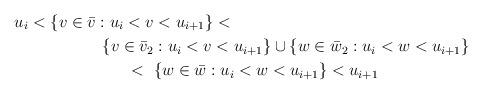
LaTeX: \begin{align*} u_i < \{ v \in \bar{v} : u_i < v & < u_{i+1} \} < \\ \{ v \in \bar{v}_2& : u_i < v < u_{i+1} \} \cup \{ w \in \bar{w}_2 : u_i < w < u_{i+1} \} \\ < ~ & \{ w \in \bar{w} : u_i < w < u_{i+1} \} < u_{i+1} \end{align*}